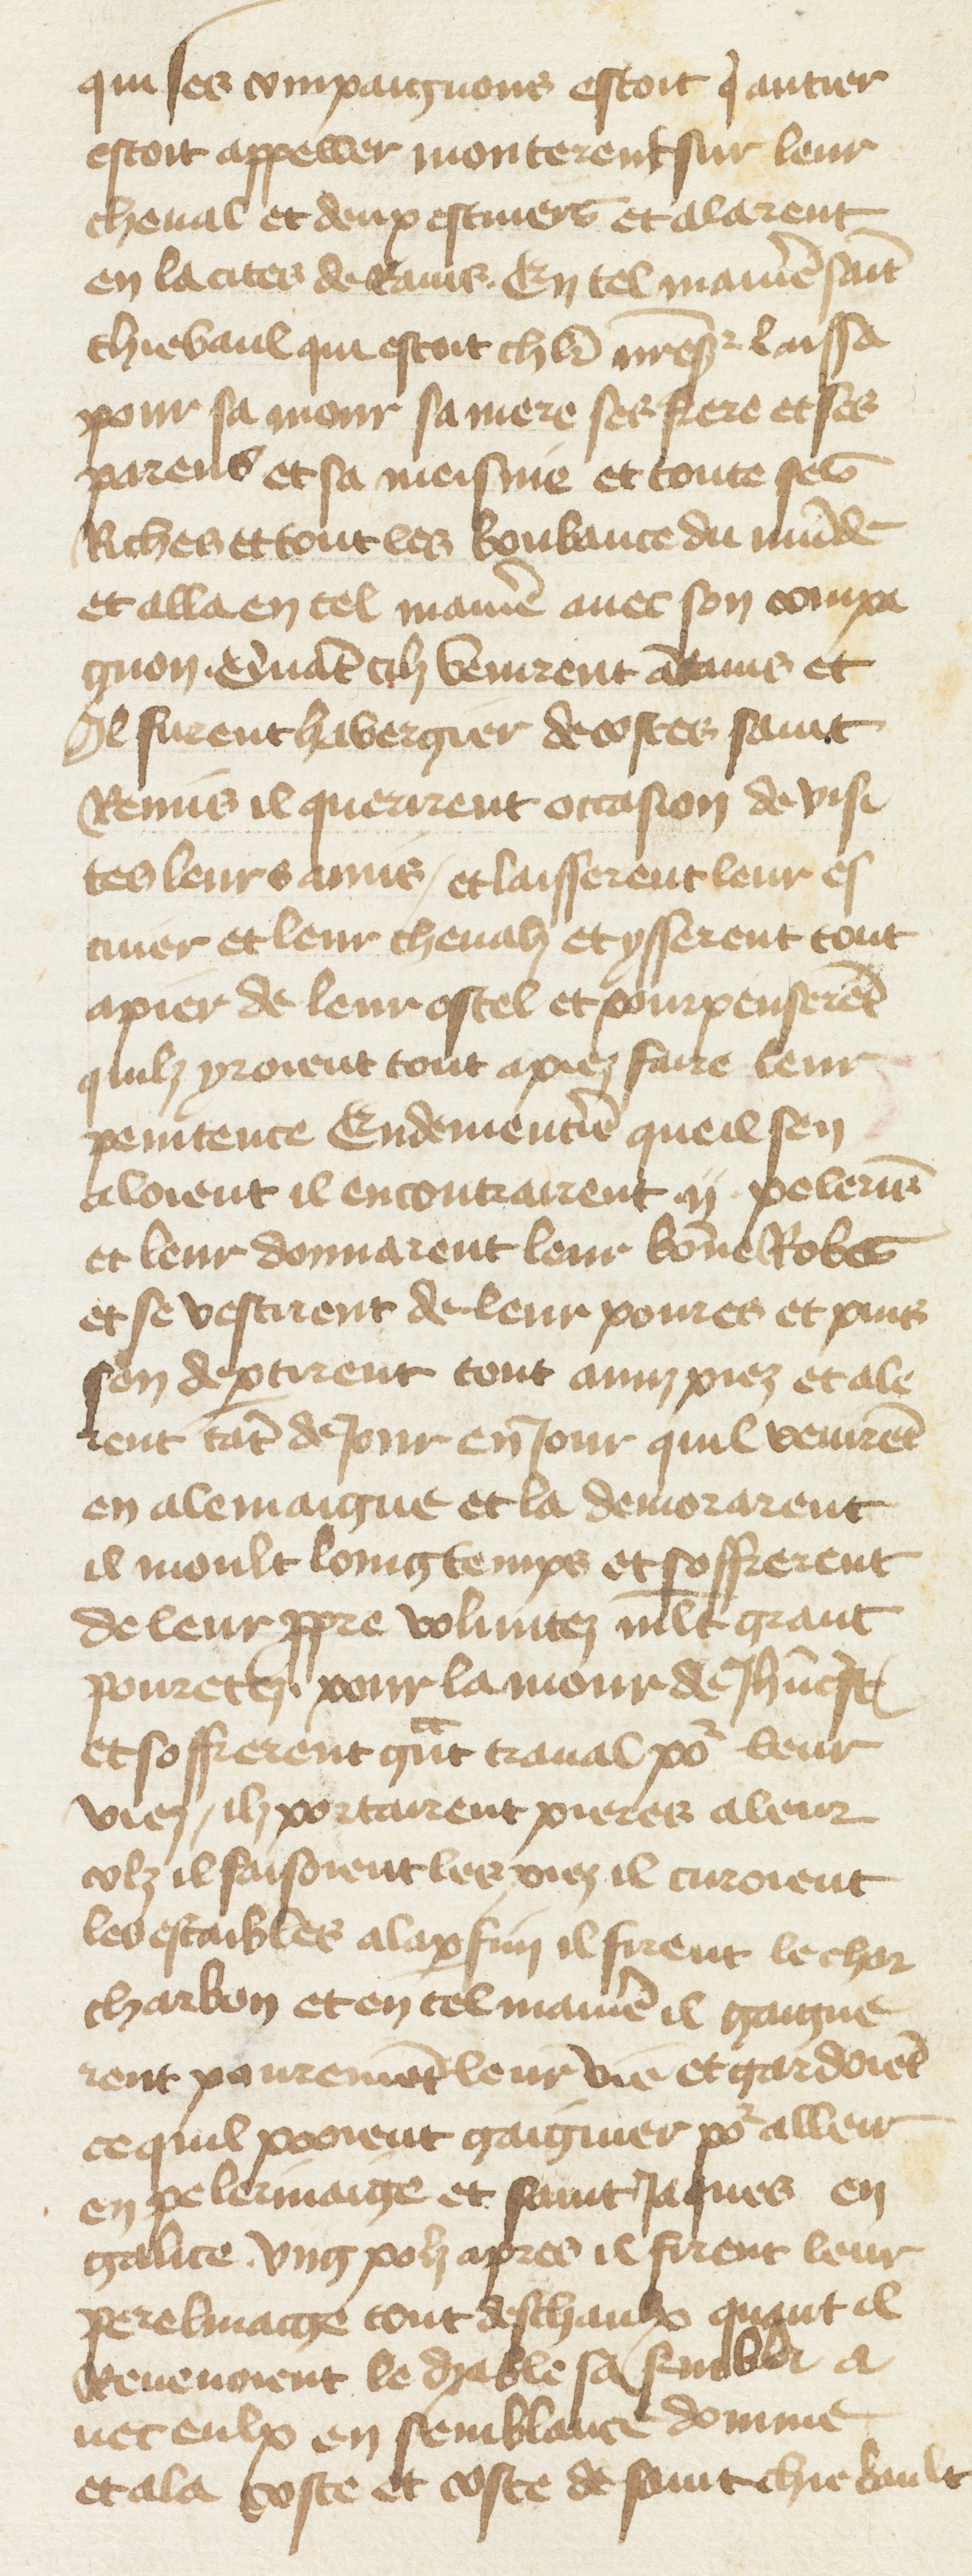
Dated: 1400–1499